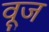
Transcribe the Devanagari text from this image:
वूज